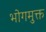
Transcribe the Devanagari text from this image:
भोगमुक्त